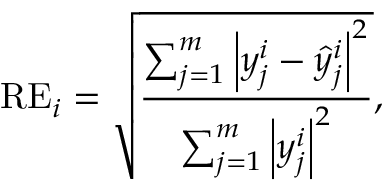
\mathrm { { R E } } _ { i } = \sqrt { \frac { \sum _ { j = 1 } ^ { m } \left| y _ { j } ^ { i } - \hat { y } _ { j } ^ { i } \right| ^ { 2 } } { \sum _ { j = 1 } ^ { m } \left| y _ { j } ^ { i } \right| ^ { 2 } } } ,